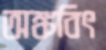
অঙ্কবিৎ